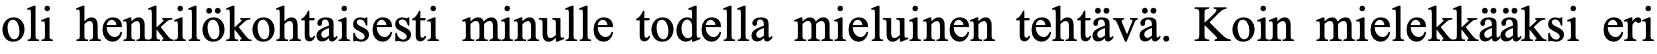
oli henkilökohtaisesti minulle todella mieluinen tehtävä. Koin mielekkääksi eri